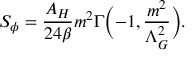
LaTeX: S _ { \phi } = \frac { A _ { H } } { 2 4 \beta } m ^ { 2 } \Gamma \biggl ( - 1 , \frac { m ^ { 2 } } { \Lambda _ { G } ^ { 2 } } \biggr ) .